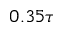
0 . 3 5 \tau